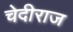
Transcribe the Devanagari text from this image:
चेदीराज